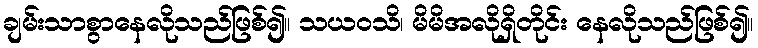
ချမ်းသာစွာနေလိုသည်ဖြစ်၍။ သယဝသိ၊ မိမိအလိုရှိတိုင်း နေလိုသည်ဖြစ်၍။